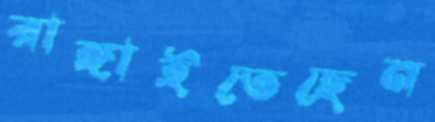
রাঙ্গাইতেছেন